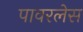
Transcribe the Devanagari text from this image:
पावरलेस